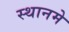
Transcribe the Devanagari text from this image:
स्थानमे